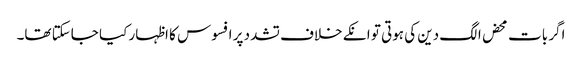
اگر بات محض الگ دین کی ہوتی تو انکے خلاف تشدد پر افسوس کا اظہار کیا جاسکتا تھا۔